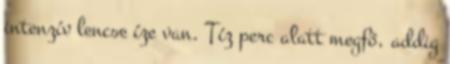
intenzív lencse íze van. Tíz perc alatt megfő, addig